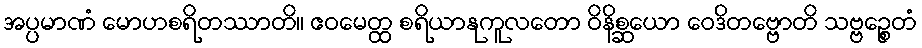
အပ္ပမာဏံ မောဟစရိတဿာတိ။ ဧဝမေတ္ထ စရိယာနုကူလတော ဝိနိစ္ဆယော ဝေဒိတဗ္ဗောတိ သဗ္ဗဉ္စေတံ